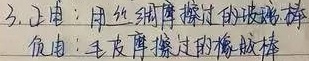
3. 正电：用丝绸摩擦过的玻璃棒
负电：毛皮摩擦过的橡胶棒